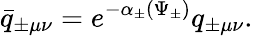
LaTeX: \bar{q}_{\pm\mu\nu}=e^{-\alpha_{\pm}(\Psi_{\pm})}q_{\pm\mu\nu}.